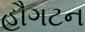
હૌગટન